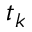
t _ { k }